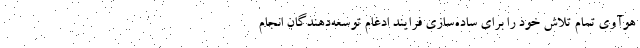
هوآوی تمام تلاش خود را برای ساده‌سازی فرایند ادغام توسعه‌دهندگان انجام